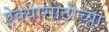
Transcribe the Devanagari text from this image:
ऐक्यासाठीच्या